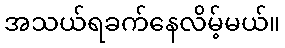
အသယ်ရခက်နေလိမ့်မယ်။